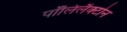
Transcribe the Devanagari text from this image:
पॉलिलैक्टोन